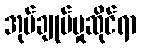
အုပ်ချုပ်မှုဆိုင်ရာ